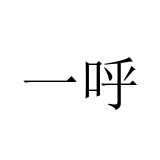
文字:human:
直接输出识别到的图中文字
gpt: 一呼